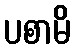
ပစာမိ